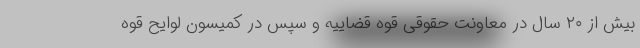
بیش از ۲۰ سال در معاونت حقوقی قوه قضاییه و سپس در کمیسون لوایح قوه